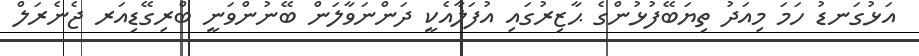
އަޅުގަނޑު ހަމަ މިއަދު ތިޔަބޭފުޅުންގެ ޙާޒިރުގައި އުފަލާއެކީ ދަންނަވާލަން ބޭނުންވަނީ ބްރިގޭޑިއަރ ޖެނެރަލް